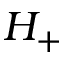
H _ { + }